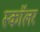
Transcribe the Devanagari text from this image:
स्काॅलर